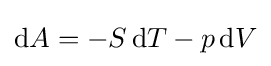
\mathrm {d} A=-S\,\mathrm {d} T-p\,\mathrm {d} V